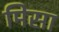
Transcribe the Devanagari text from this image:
मिसा